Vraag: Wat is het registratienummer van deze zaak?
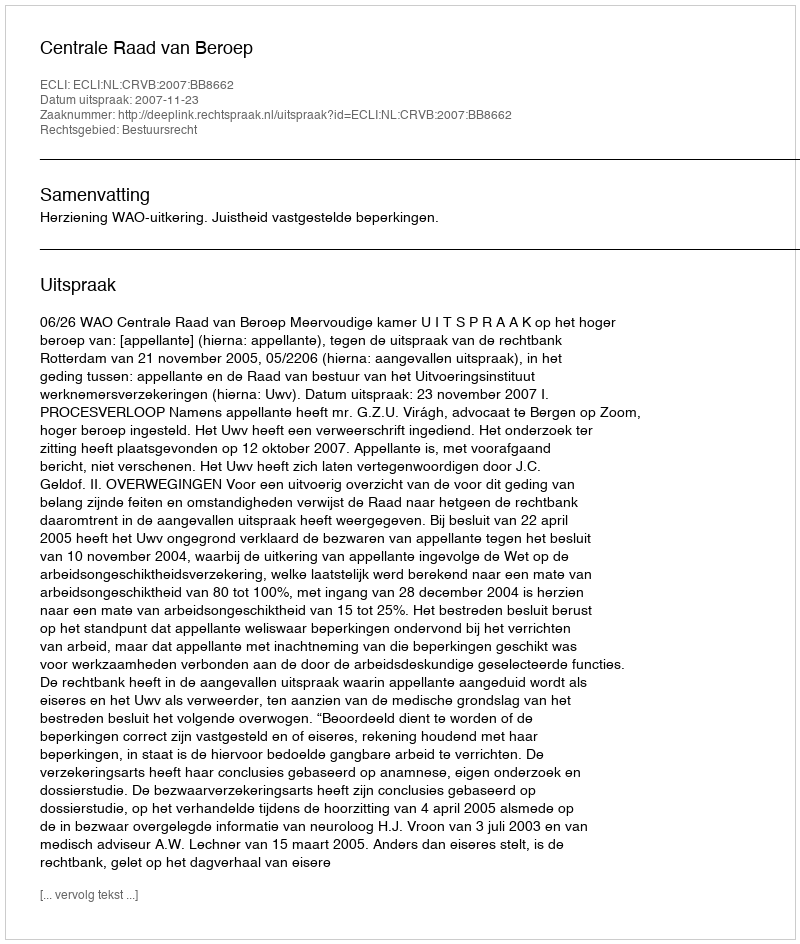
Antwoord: http://deeplink.rechtspraak.nl/uitspraak?id=ECLI:NL:CRVB:2007:BB8662